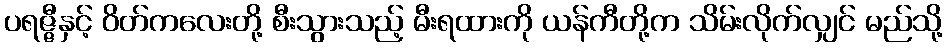
ပရဇ္ဇီနှင့် ဝိတ်ကလေးတို့ စီးသွားသည့် မီးရထားကို ယန်ကီတို့က သိမ်းလိုက်လျှင် မည်သို့